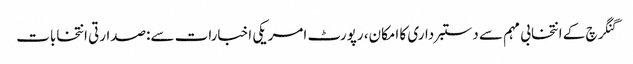
گنگرچ کے انتخابی مہم سے دستبرداری کا امکان، رپورٹ امریکی اخبارات سے:صدارتی انتخابات